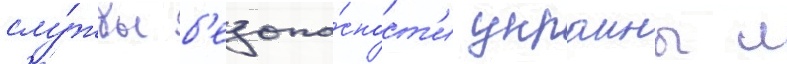
слу́жбы б'езопа́сност'и украины л